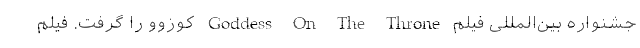
جشنواره بین‌المللی فیلم Goddess On The Throne کوزوو را گرفت. فیلم